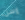
إرسل